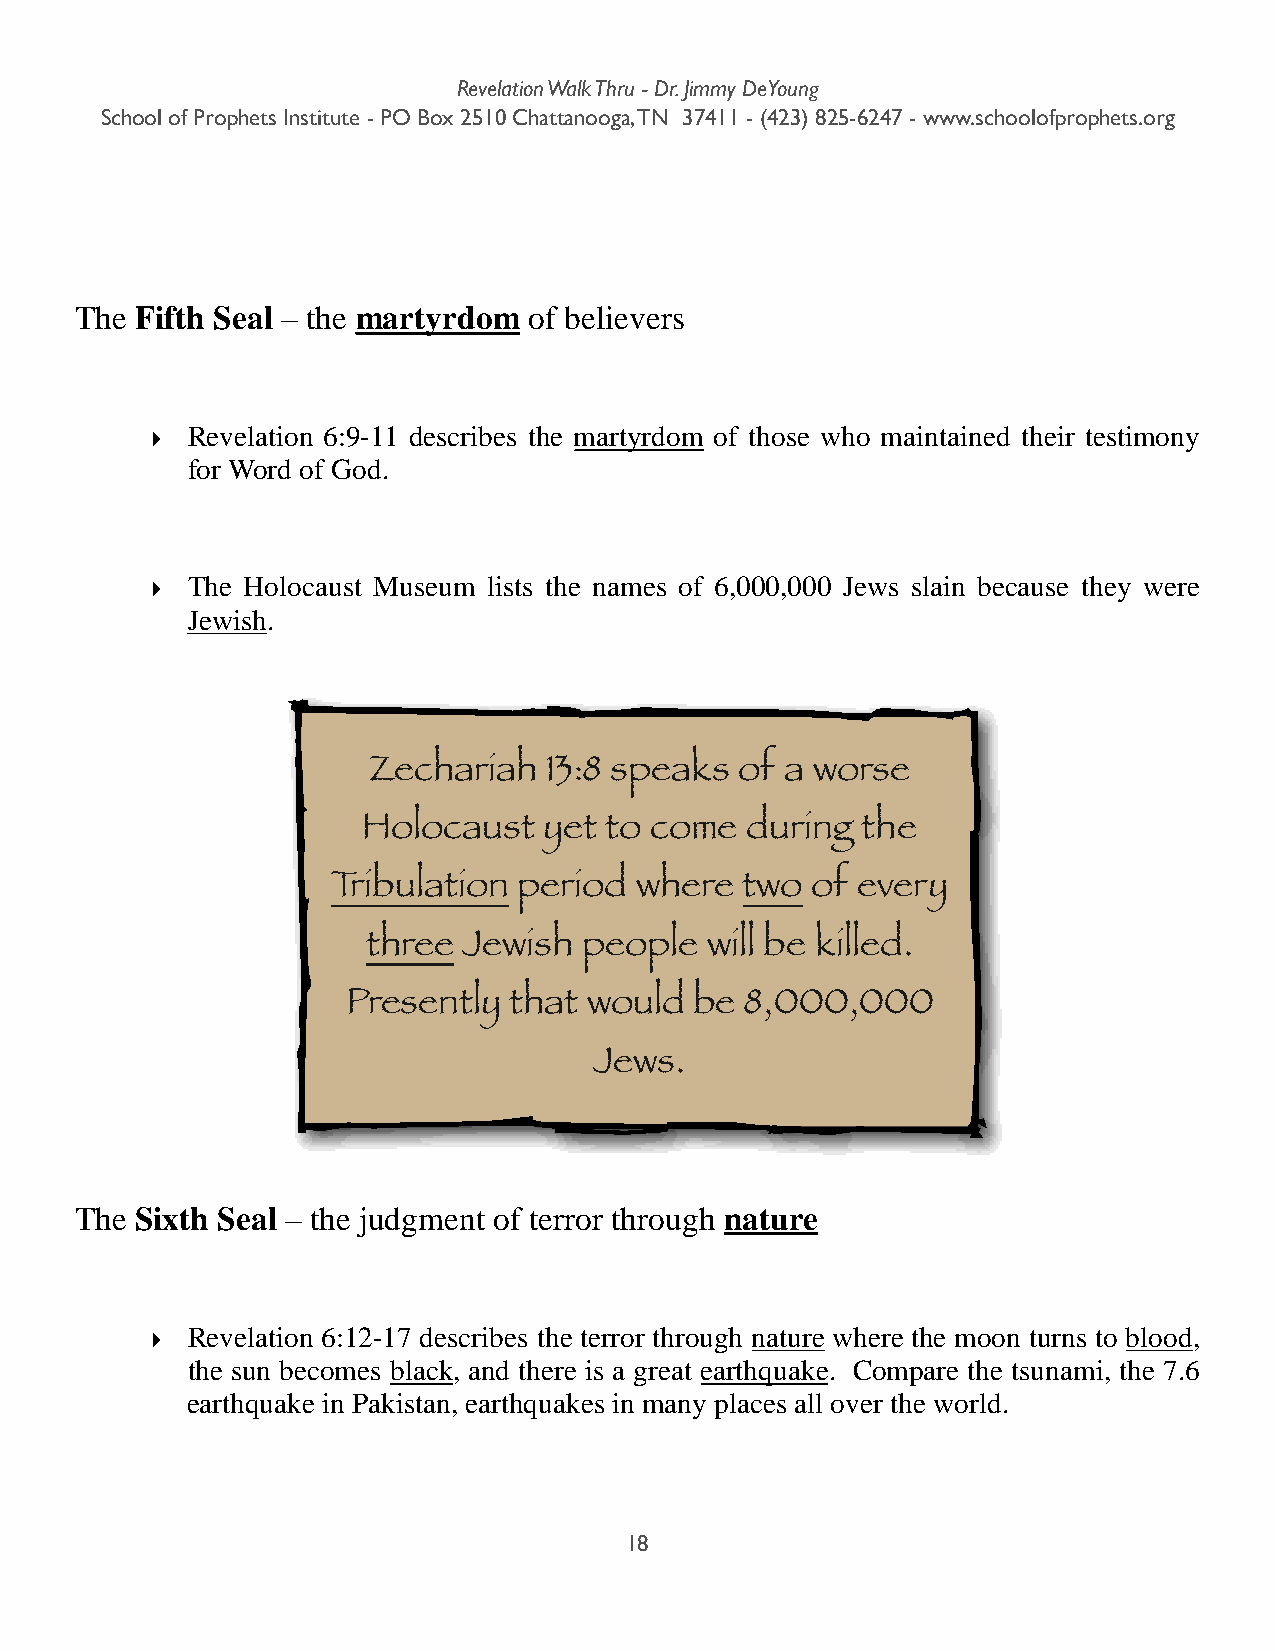
Revelation Walk Thru - Dr. Jimmy DeYoung
 School of Prophets Institute - PO Box 2510 Chattanooga, TN 37411 - (423) 825-6247 - www.schoolofprophets.org
 The Fifth Seal – the martyrdom of believers
 ‣ Revelation 6:9-11 describes the martyrdom of those who maintained their testimony
 for Word of God.
 ‣ The Holocaust Museum lists the names of 6,000,000 Jews slain because they were
 Jewish.
 Zechariah   13:8 speaks  of a worse
 Holocaust   yet to come  during  the
 Tribulation period  where  two  of every
 three  Jewish  people  will be killed.
 Presently  that would  be 8,000,000
 Jews.
 The Sixth Seal – the judgment of terror through nature
 ‣ Revelation 6:12-17 describes the terror through nature where the moon turns to blood,
 the sun becomes black, and there is a great earthquake. Compare the tsunami, the 7.6
 earthquake in Pakistan, earthquakes in many places all over the world.
 18